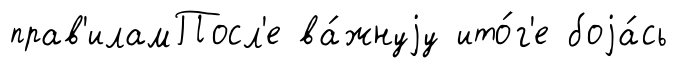
прав'иламПосл'е ва́жнуjу ито́г'е боjа́сь